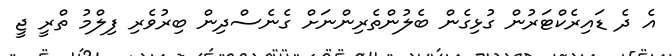
އެ ދެ ޑައިރެކްޓަރުން ގުޅިގެން ބެލުންތެރިންނަށް ގެނެސްދިން ބިރުވެރި ފިލްމު ތްރީ ޖީ